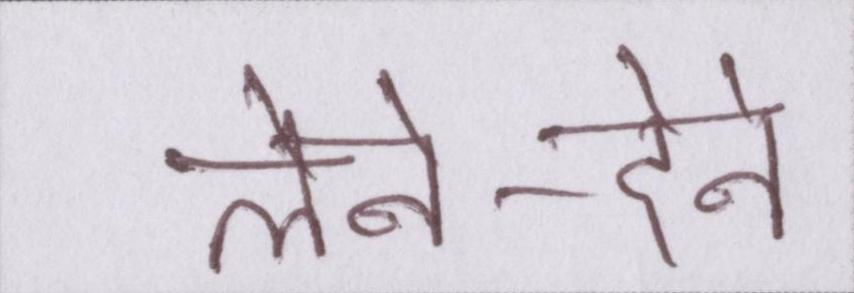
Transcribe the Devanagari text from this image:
लेने-देने